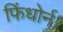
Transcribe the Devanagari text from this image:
फिंधोर्न